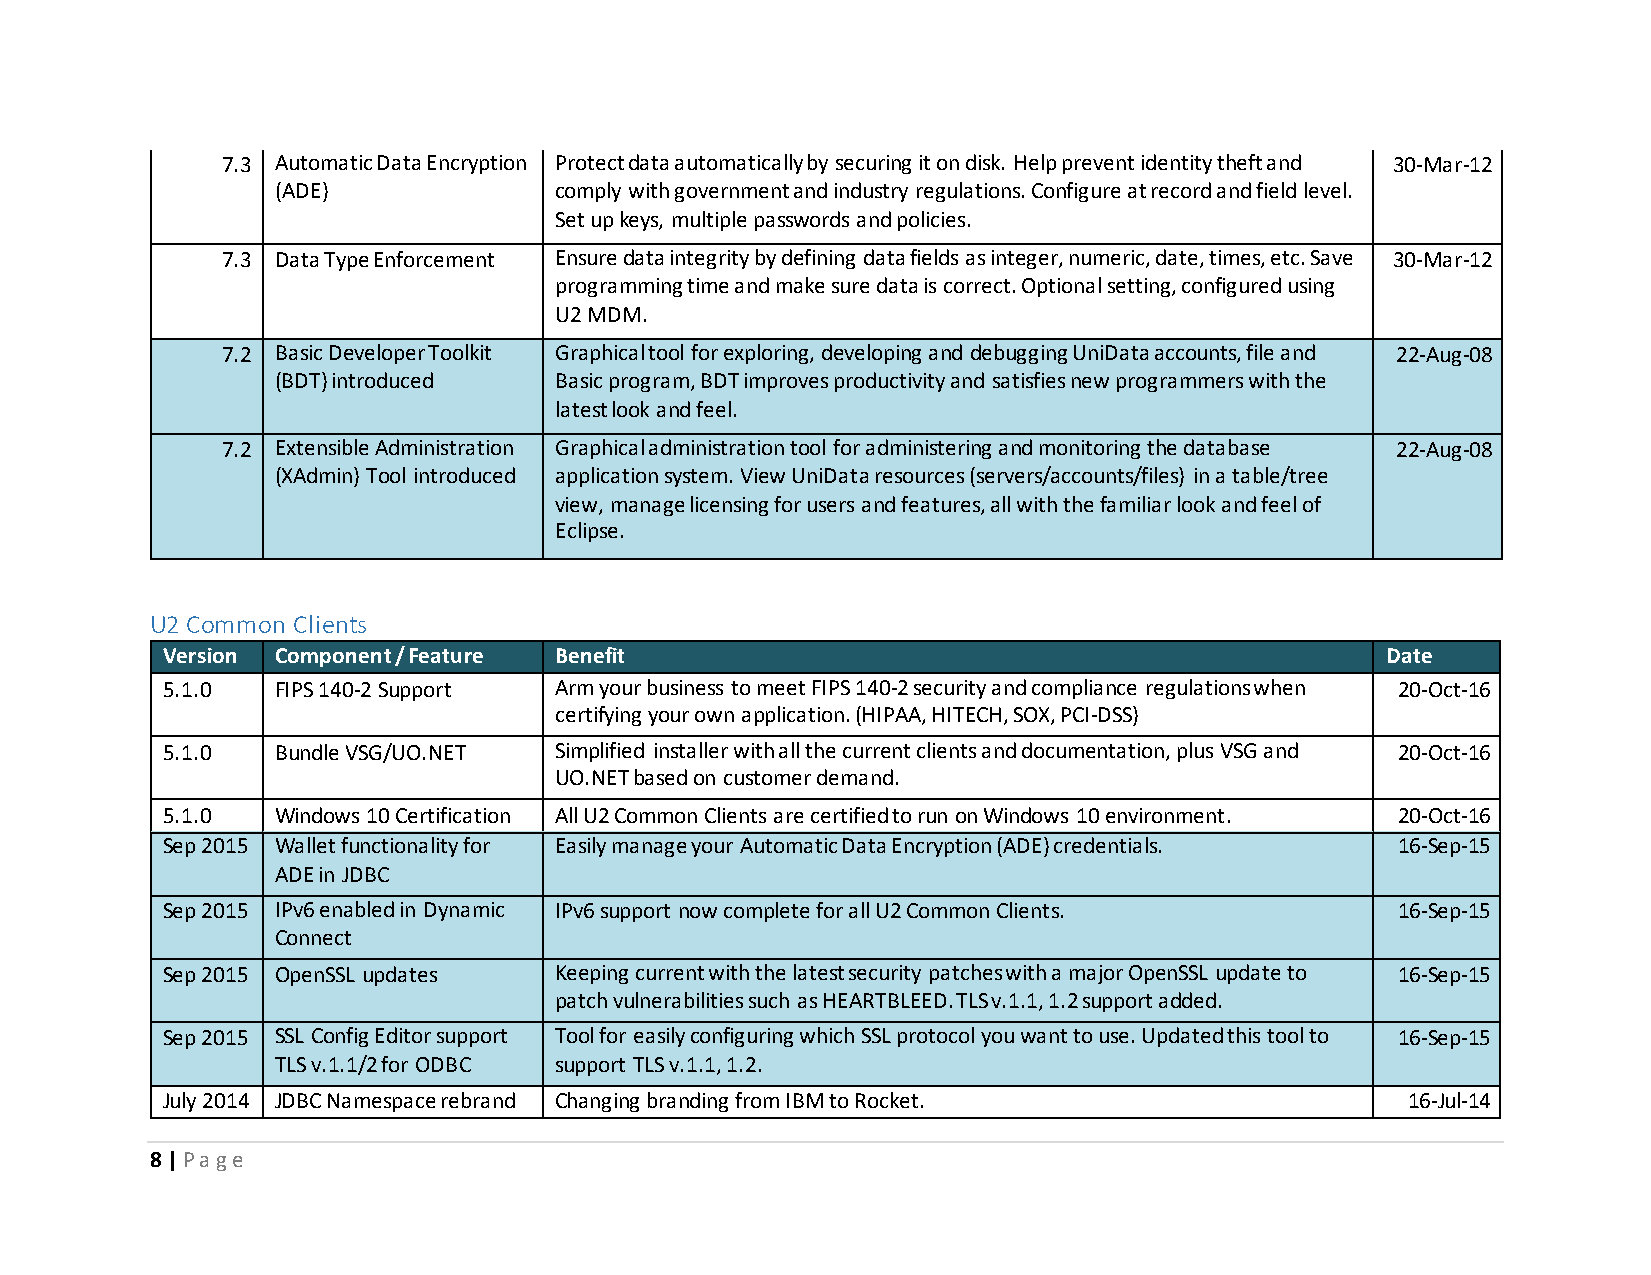
7.3 Automatic Data Encryption Protect data automatically by securing it on disk. Help prevent identity theft and 30-Mar-12
 (ADE)              comply with government and industry regulations. Configure at record and field level.
 Set up keys, multiple passwords and policies.
 7.3 Data Type Enforcement Ensure data integrity by defining data fields as integer, numeric, date, times, etc. Save 30-Mar-12
 programming time and make sure data is correct. Optional setting, configured using
 U2 MDM.
 7.2 Basic Developer Toolkit Graphical tool for exploring, developing and debugging UniData accounts, file and 22-Aug-08
 (BDT) introduced   Basic program, BDT improves productivity and satisfies new programmers with the
 latest look and feel.
 7.2 Extensible Administration Graphical administration tool for administering and monitoring the database 22-Aug-08
 (XAdmin) Tool introduced application system. View UniData resources (servers/accounts/files) in a table/tree
 view, manage licensing for users and features, all with the familiar look and feel of
 Eclipse.
 U2 Common Clients
 Version Component / Feature Benefit                                              Date
 5.1.0  FIPS 140-2 Support Arm your business to meet FIPS 140-2 security and compliance regulations when 20-Oct-16
 certifying your own application. (HIPAA, HITECH, SOX, PCI-DSS)
 5.1.0  Bundle VSG/UO.NET  Simplified installer with all the current clients and documentation, plus VSG and 20-Oct-16
 UO.NET based on customer demand.
 5.1.0  Windows 10 Certification All U2 Common Clients are certified to run on Windows 10 environment. 20-Oct-16
 Sep 2015 Wallet functionality for Easily manage your Automatic Data Encryption (ADE) credentials. 16-Sep-15
 ADE in JDBC
 Sep 2015 IPv6 enabled in Dynamic IPv6 support now complete for all U2 Common Clients. 16-Sep-15
 Connect
 Sep 2015 OpenSSL updates  Keeping current with the latest security patches with a major OpenSSL update to 16-Sep-15
 patch vulnerabilities such as HEARTBLEED. TLS v.1.1, 1.2 support added.
 Sep 2015 SSL Config Editor support Tool for easily configuring which SSL protocol you want to use. Updated this tool to 16-Sep-15
 TLS v.1.1/2 for ODBC support TLS v.1.1, 1.2.
 July 2014 JDBC Namespace rebrand Changing branding from IBM to Rocket.            16-Jul-14
 8 | P a g e